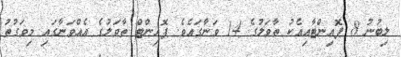
ލިބުނު 8 ޕޮއިންޓާއިއެކު ތާވަލުގެ 14 ވަނާގައެވެ. ޕޮއިންޓް ތާވަލުގެ އެއްވަނާގައި މިވަގުތު